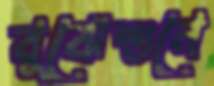
বুঝেশুনে